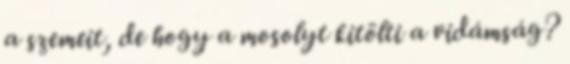
a szemeit, de hogy a mosolyt kitölti a vidámság?